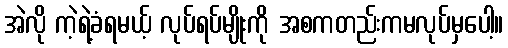
အဲလို ကဲ့ရဲ့ခံရမယ့် လုပ်ရပ်မျိုးကို အစကတည်းကမလုပ်မှပေါ့။